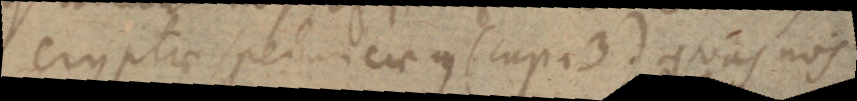
cryptae speluncaeque (cap. 3) quas nos